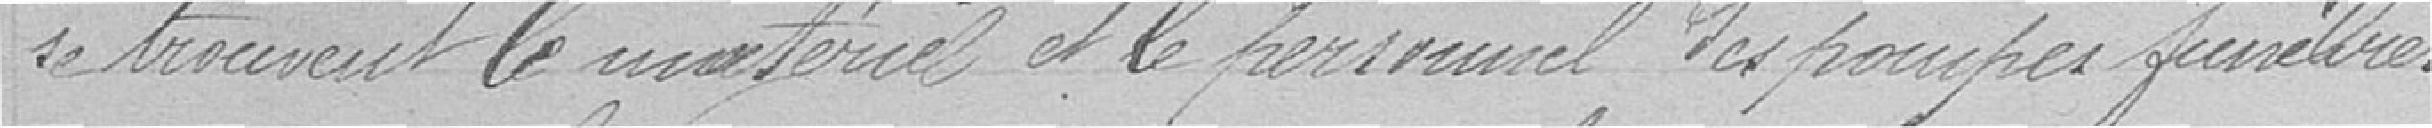
se trouvent le matériel et le personnel des pompes funèbres